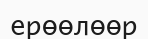
ерөөлөөр